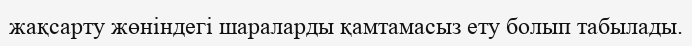
жақсарту жөніндегі шараларды қамтамасыз ету болып табылады.